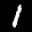
Label: 1